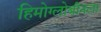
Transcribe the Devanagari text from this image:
हिमोग्लोबीनला